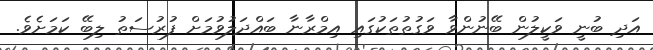
އަދި ބުނީ ވަކީލުން ބޭނުންވާ ވަގުތުތަކުގައި އިމްރާނާ ބައްދަލުވުމަށް ފުރުސަތު ލިބޭ ކަމަށެވެ.